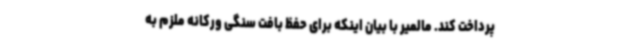
پرداخت کند. مالمیر با بیان اینکه برای حفظ بافت سنگی ورکانه ملزم به